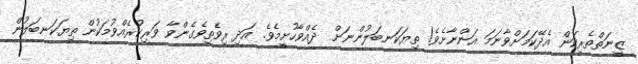
ޒީނަތްތެރިކަން އެދޭކަމަށްވާނަމަ އަންނާށެވެ! ތިޔަކަނބަލުންނަށް  ދެއްވާހުށީމެވެ. އަދި ރިވެތިވެގެންވާ ވަރިކުރެއްވުމަކުން ތިޔަކަނބަލުން